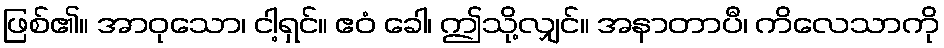
ဖြစ်၏။ အာဝုသော၊ ငါ့ရှင်။ ဧဝံ ခေါ၊ ဤသို့လျှင်။ အနာတာပီ၊ ကိလေသာကို